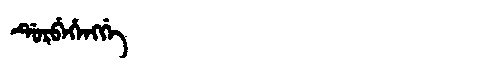
Manchu: ᡩᡠᡵᠪᡝᡥᡝᠩᡤᡝ
Romanization: DURBEHENGGE